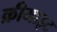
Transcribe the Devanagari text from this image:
क्रीमाइट